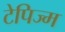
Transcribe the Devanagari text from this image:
टेपिज्म